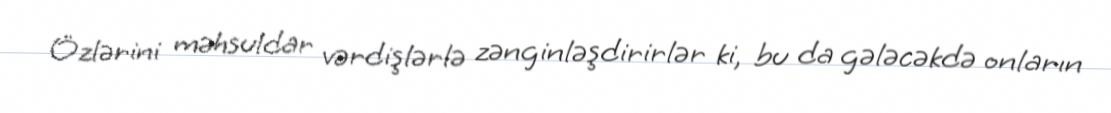
Özlərini məhsuldar vərdişlərlə zənginləşdirirlər ki, bu da gələcəkdə onların